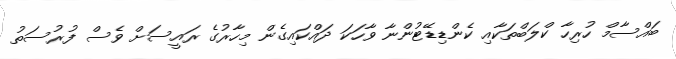
ބައްސާމް ހުރިހާ ކްލަބްތަކާއި ކެންޑިޑޭޓުންނާ ވާހަކަ ދައްކައިގެން މިހާރުގެ ރައީސަށް ވެސް ފުރުސަތު